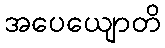
အပေယျောတိ